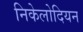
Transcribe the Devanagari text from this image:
निकेलोदियन